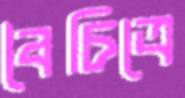
বৈচিত্রে